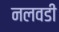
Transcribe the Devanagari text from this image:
नलवडी